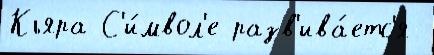
Кьяра С'и́мвол'е разв'ива́етс'я